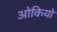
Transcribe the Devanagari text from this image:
ओकियो